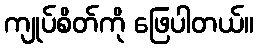
ကျုပ်စိတ်ကို ဖြေပါတယ်။